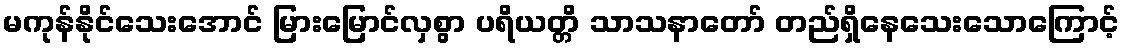
မကုန်နိုင်သေးအောင် မြားမြောင်လှစွာ ပရိယတ္တိ သာသနာတော် တည်ရှိနေသေးသောကြောင့်